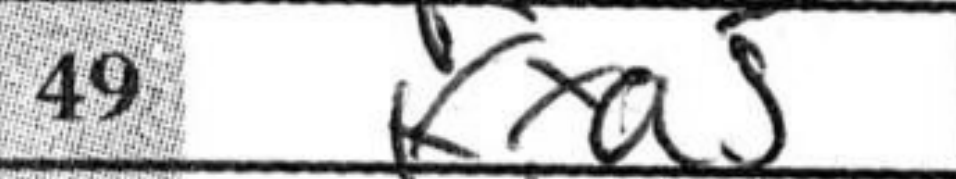
Transcription: Kxa5